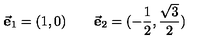
\vec { \mathrm { \bf e } } _ { 1 } = ( 1 , 0 ) \qquad \vec { \mathrm { \bf e } } _ { 2 } = ( - { \frac { 1 } { 2 } } , { \frac { \sqrt { 3 } } { 2 } } )